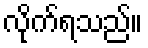
လိုက်ရသည်။